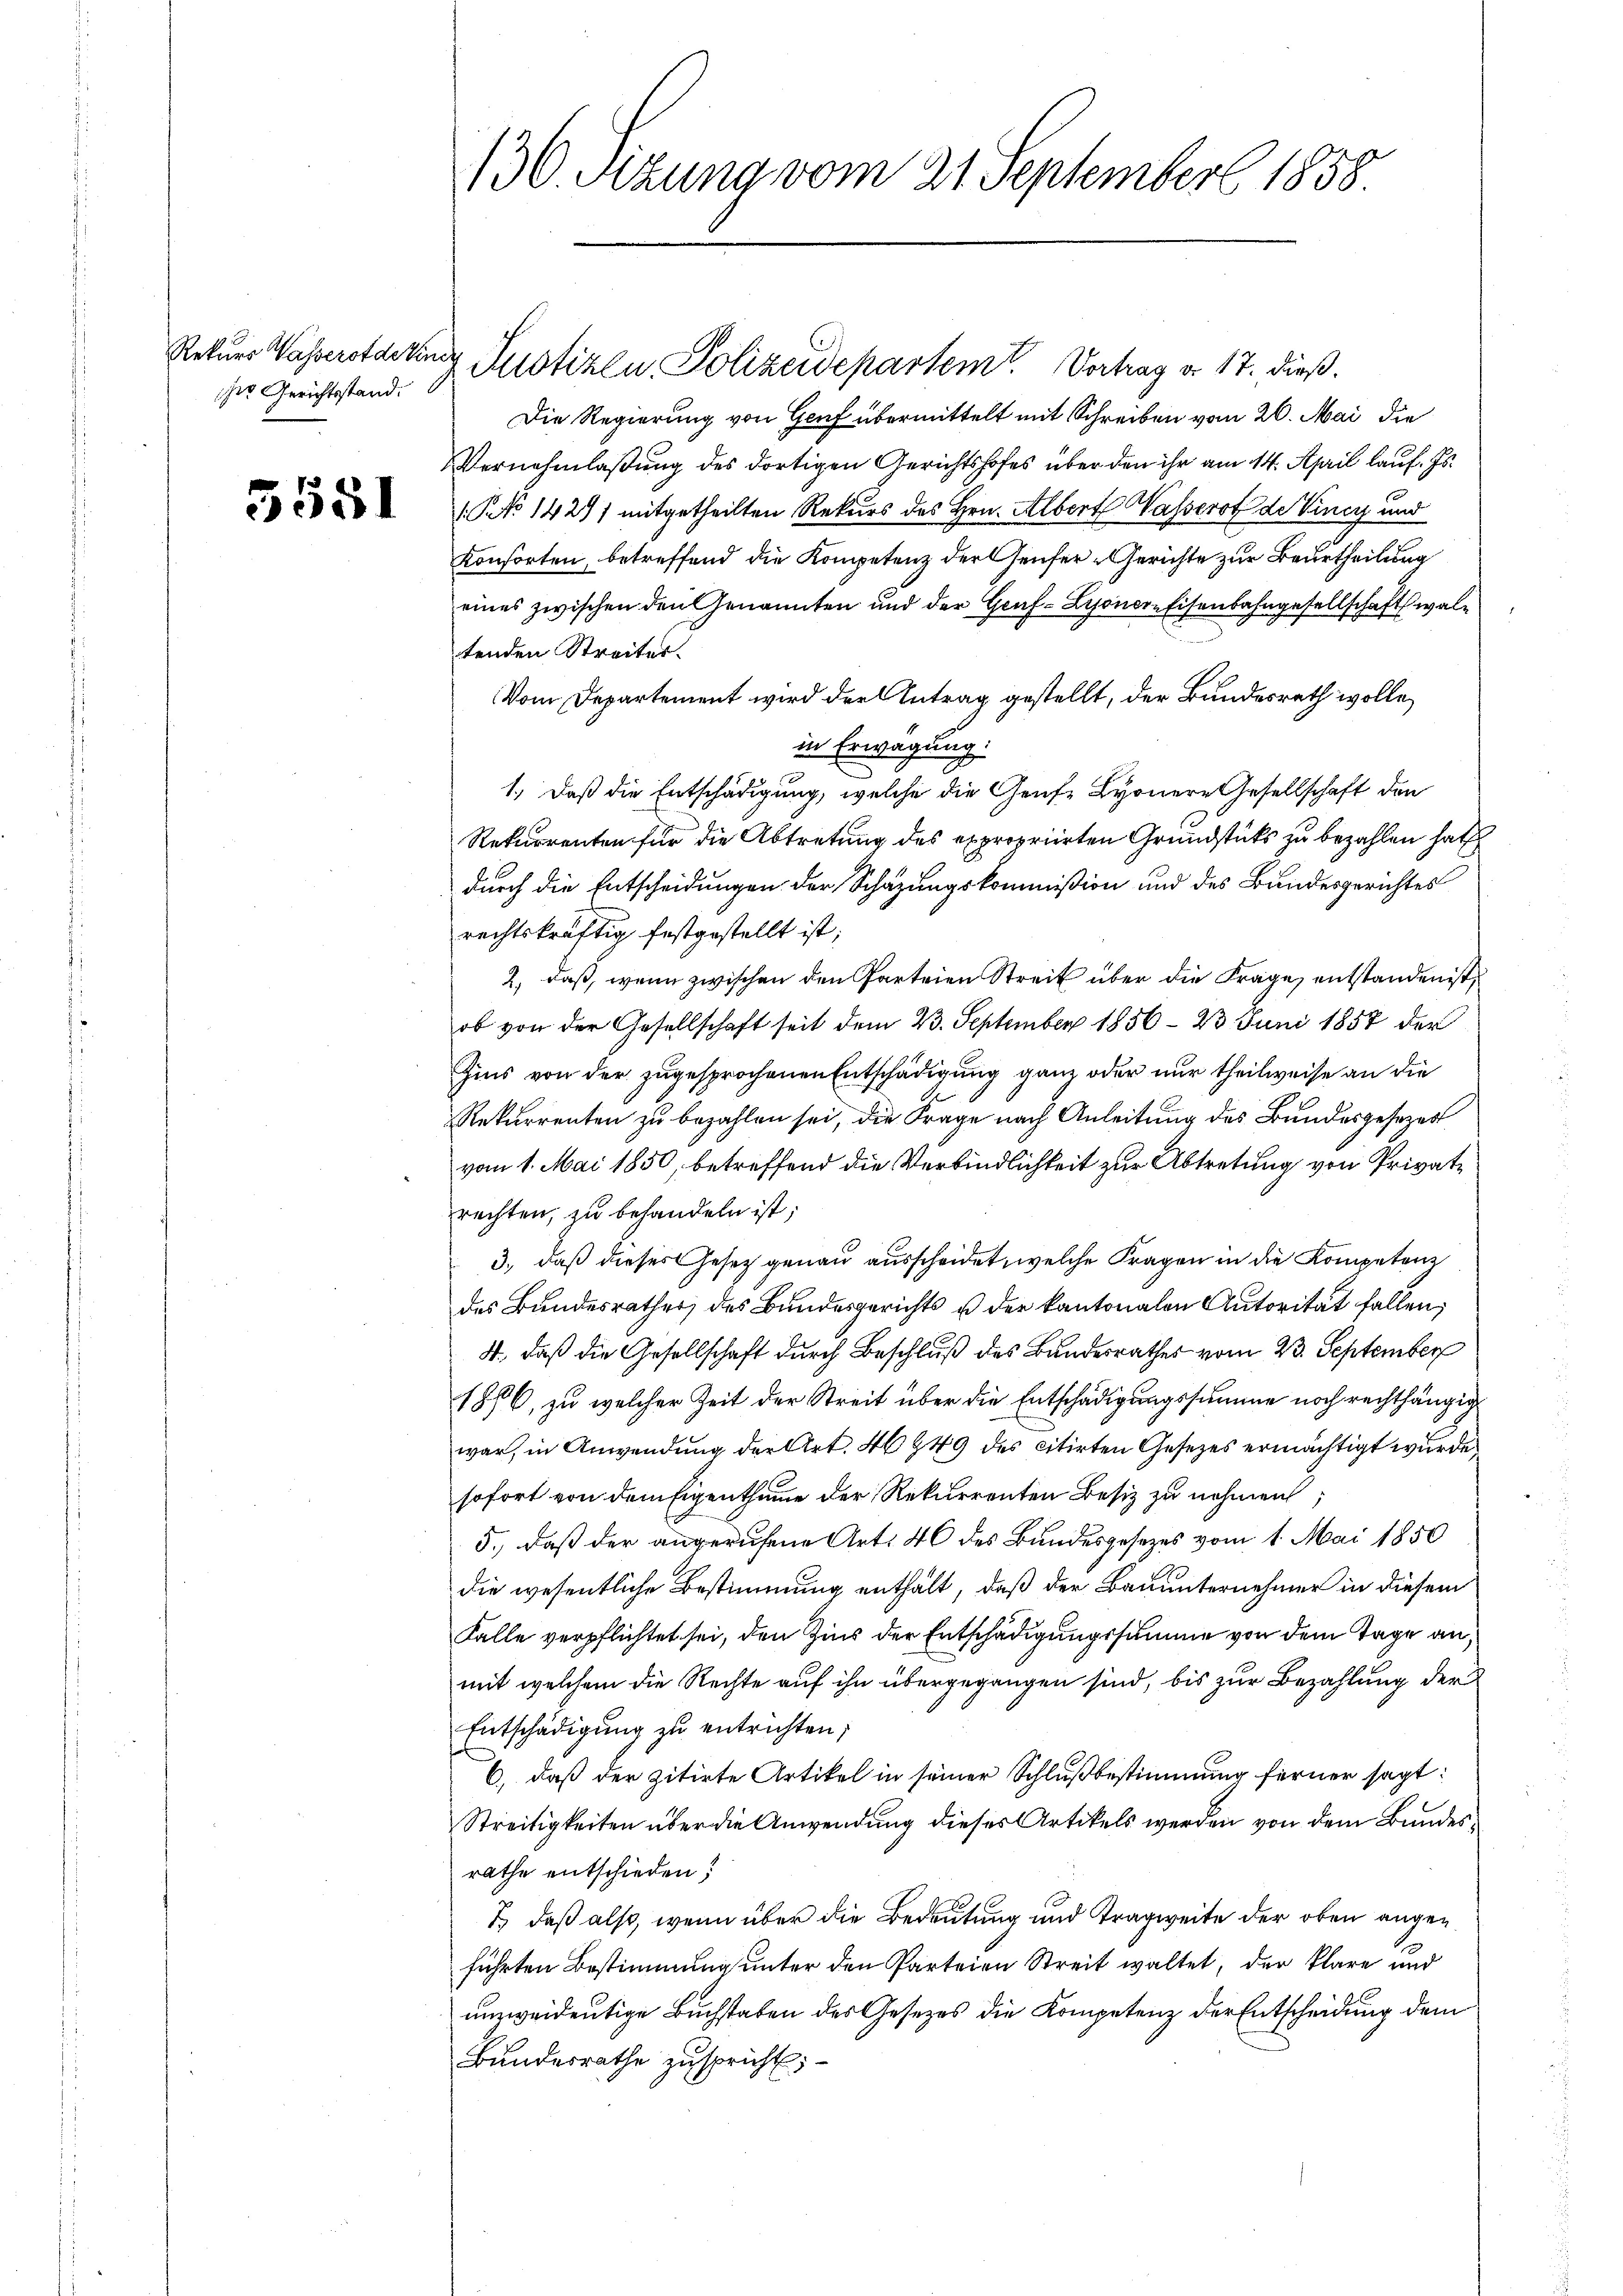
Rekurs Wasserotdefinde
ser Gerichtsstand.

5551

Justizen Polizeidepartem Vortrag a. 17. dieß.
Die Regierung von Genf übermittelt mit Schreiben vom 20. Mai die
Vernehmlaßung des dortigen Gerichtshofes über den ihr am 14. April lauf. Js.
1 No 1429) mitgetheilten Rekurs des Hrn. Albert Wasserst de Vincy und
Konsorten, betreffend die Kompetenz der Genfer-Gerichte zur Beurtheilung
eines zwischen den Genannten und der Graf- Lyonere Eisenbahngesellschaft waltenden Streites.
Vom Departement wird der Antrag gestellt, der Bundesrath wolle,
in Erwägung.
1.) Daß die Entschädigung, welche die Genfe Lyonere Gesellschaft den
Rekurrenten für die Abtretung des expropriirten Grundstücks zu bezahlen hat
durch die Entscheidungen der Schazungskommißion und des Bundesgerichtes
rechtskräftig festgestellt ist;
2, daß, wenn zwischen den Parteien Streit über die Frage, entstanden ist,
ob von der Gesellschaft seit dem 23. September 1856 - 23 Juni 1857 der
Zins von der zugesprochenen Entschädigung ganz oder nur theilweise an die
Rekurrenten zu bezahlen sei, die Frage nach Anleitung des Bundesgesezes
vom 1. Mai 1850, betreffend die Verbindlichkeit zur Abtretung von Privatrechten, zu behandeln ist;
3., daß dieses Gesetz genau ausscheidet, welche Fragen in die Kompetenz
des Bundesrathes des Bundesgerichts u der kantonalen Autorität fallen,
4., daß die Gesellschaft durch Beschluß des Bundesrathes vom 23. September
1886, zu welcher Zeit der Streit über die Entschädigungssumme noch rechthängig
war, in Anwendung der Art. 46949 des citirten Gesezes ermächtigt wurde
sofort von dem Eigenthume der Rekurrenten Besitz zu nehmen;
5.) daß der angerufene Art. 40 des Bundesgesezes vom 1. Mai 1850
die wesentliche Bestimmung enthält, daß der Bauunternehmer in diesem
Falle verpflichtet sei, den Zins der Entschädigungssumme von dem Tage an,
mit welchem die Rechte auf ihn übergegangen sind, bis zur Bezahlung der
Entschädigŭng zu entrichten;
6, daß der zitirte Artikel in seiner Schlußbestimmung ferner sagt:
Streitigkeiten über die Anwendung dieses Artikels werden von dem Bundesrathe entschieden;
7.) daß also, wenn über die Bedeutung und Tragweite der oben augenführten Bestimmung unter den Parteien Streit waltet, der klare und
unzweideutige Buchstaben des Gesetzes die Kompetenz der Entscheidung dem
Bundesrathe zuspricht;

136 Sizung vom 21 September 1858